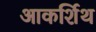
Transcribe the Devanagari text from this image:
आकर्शिथ